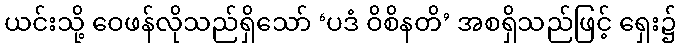
ယင်းသို့ ဝေဖန်လိုသည်ရှိသော် ‘ပဒံ ဝိစိနတိ’ အစရှိသည်ဖြင့် ရှေး၌